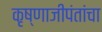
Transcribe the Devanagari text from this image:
कृष्णाजीपंतांचा